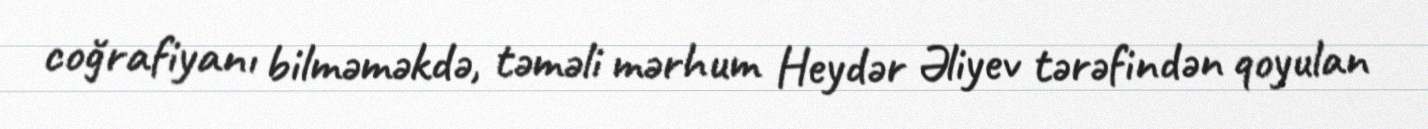
coğrafiyanı bilməməkdə, təməli mərhum Heydər Əliyev tərəfindən qoyulan